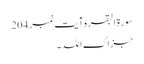
سورۃ البقرہ آیت نمبر 204​
جزاک اللہ۔